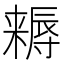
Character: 𣜻